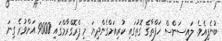
ބުނެފިއެވެ. ލައިސަންސް ހަފްތާގެ ގޮތުގައި ކުރިއަށްގެންދިޔަ މި ޕްރޮގްރާމްގައި 9600 އަށްވުރެ ގިނަ